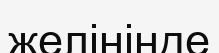
желінінде